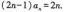
$$(2n-1)a_{n}=2n$$,